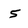
Character: 5